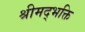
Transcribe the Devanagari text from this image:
श्रीमद्भक्ति